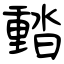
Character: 濌